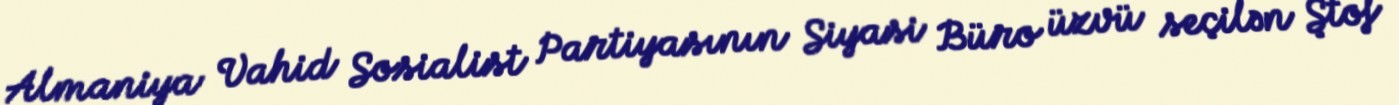
Almaniya Vahid Sosialist Partiyasının Siyasi Büro üzvü seçilən Ştof